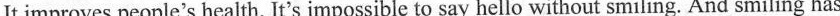
It improves people's health. It's impossible to say hello without smiling. And smiling has